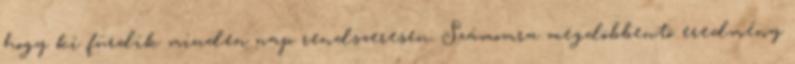
hogy ki fürdik minden nap rendszeresen. Számomra megdöbbentõ eredmény